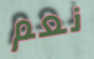
نعم